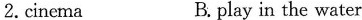
2.cinema B.play in the water